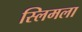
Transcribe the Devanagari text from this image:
स्लिमला